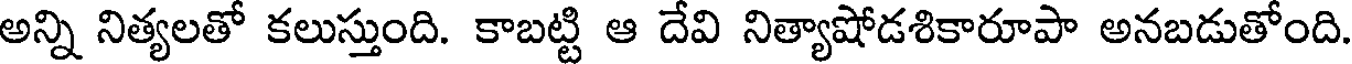
అన్ని నిత్యలతో కలుస్తుంది. కాబట్టి ఆ దేవి నిత్యాషోడశికారూపా అనబడుతోంది